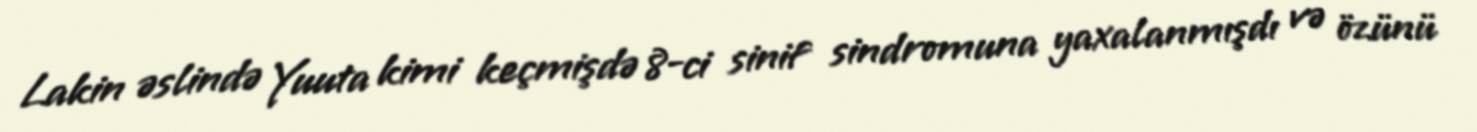
Lakin əslində Yuuta kimi keçmişdə 8-ci sinif sindromuna yaxalanmışdı və özünü